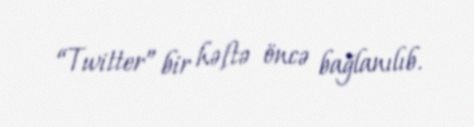
“Twitter” bir həftə öncə bağlanılıb.